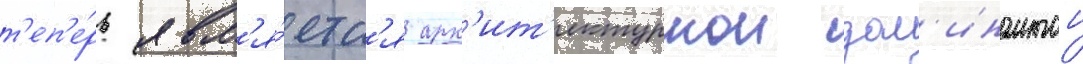
т'еп'е́рь явл'я́етс'я арх'ит'ектурнои дом'инантои